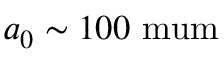
a _ { 0 } \sim 1 0 0 \mathrm { \ m u m }